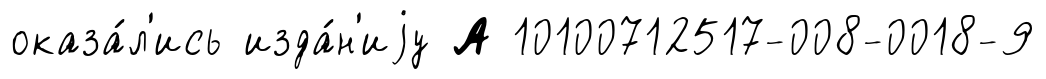
оказа́л'ись изда́н'иjу А 10100712517-008-0018-9